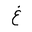
Letter: _gayn